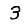
Digit: 3